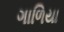
ગાળિયા